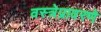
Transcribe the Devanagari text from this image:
वस्त्रेप्रावरणे